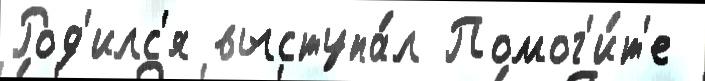
Род'илс'я выступа́л Помог'и́т'е